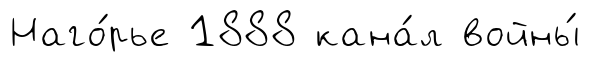
Наго́рье 1888 кана́л войны́